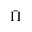
\bar { \Pi }